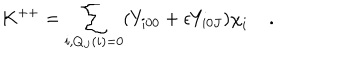
LaTeX: K ^ { + + } = \sum _ { i , Q _ { J } ( i ) = 0 } ( { Y } _ { i 0 0 } + \epsilon { Y } _ { i 0 J } ) { { \chi } } _ { i } \; .